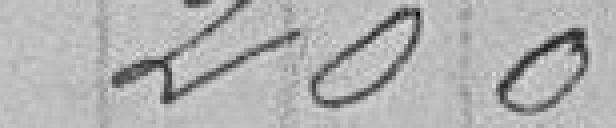
200